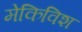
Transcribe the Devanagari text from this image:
मेकिविश